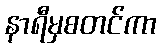
နာရီမှစတင်ကာ